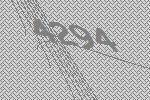
4294